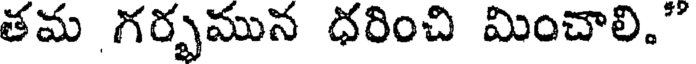
తమ గర్భమున ధరించి మించాలి."